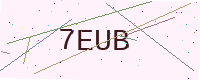
Text: 7EUB